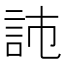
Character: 𧦏